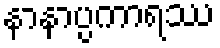
နာနာပ္ပကာရဿ